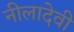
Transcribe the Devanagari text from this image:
नीलादेवी